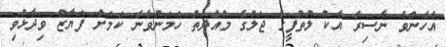
އެހެންވެ ނާސިރާ އެކު ލުތުފީގެ ޖަލުގެ މުއްދަތު ހަމަނުވާނެ ކަމަށް ފަޔާޒް ވިދާޅުވި